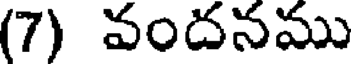
(7) వందనము